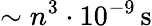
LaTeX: {\sim n^{3}\cdot 10^{-9}\, \mathrm{s}}